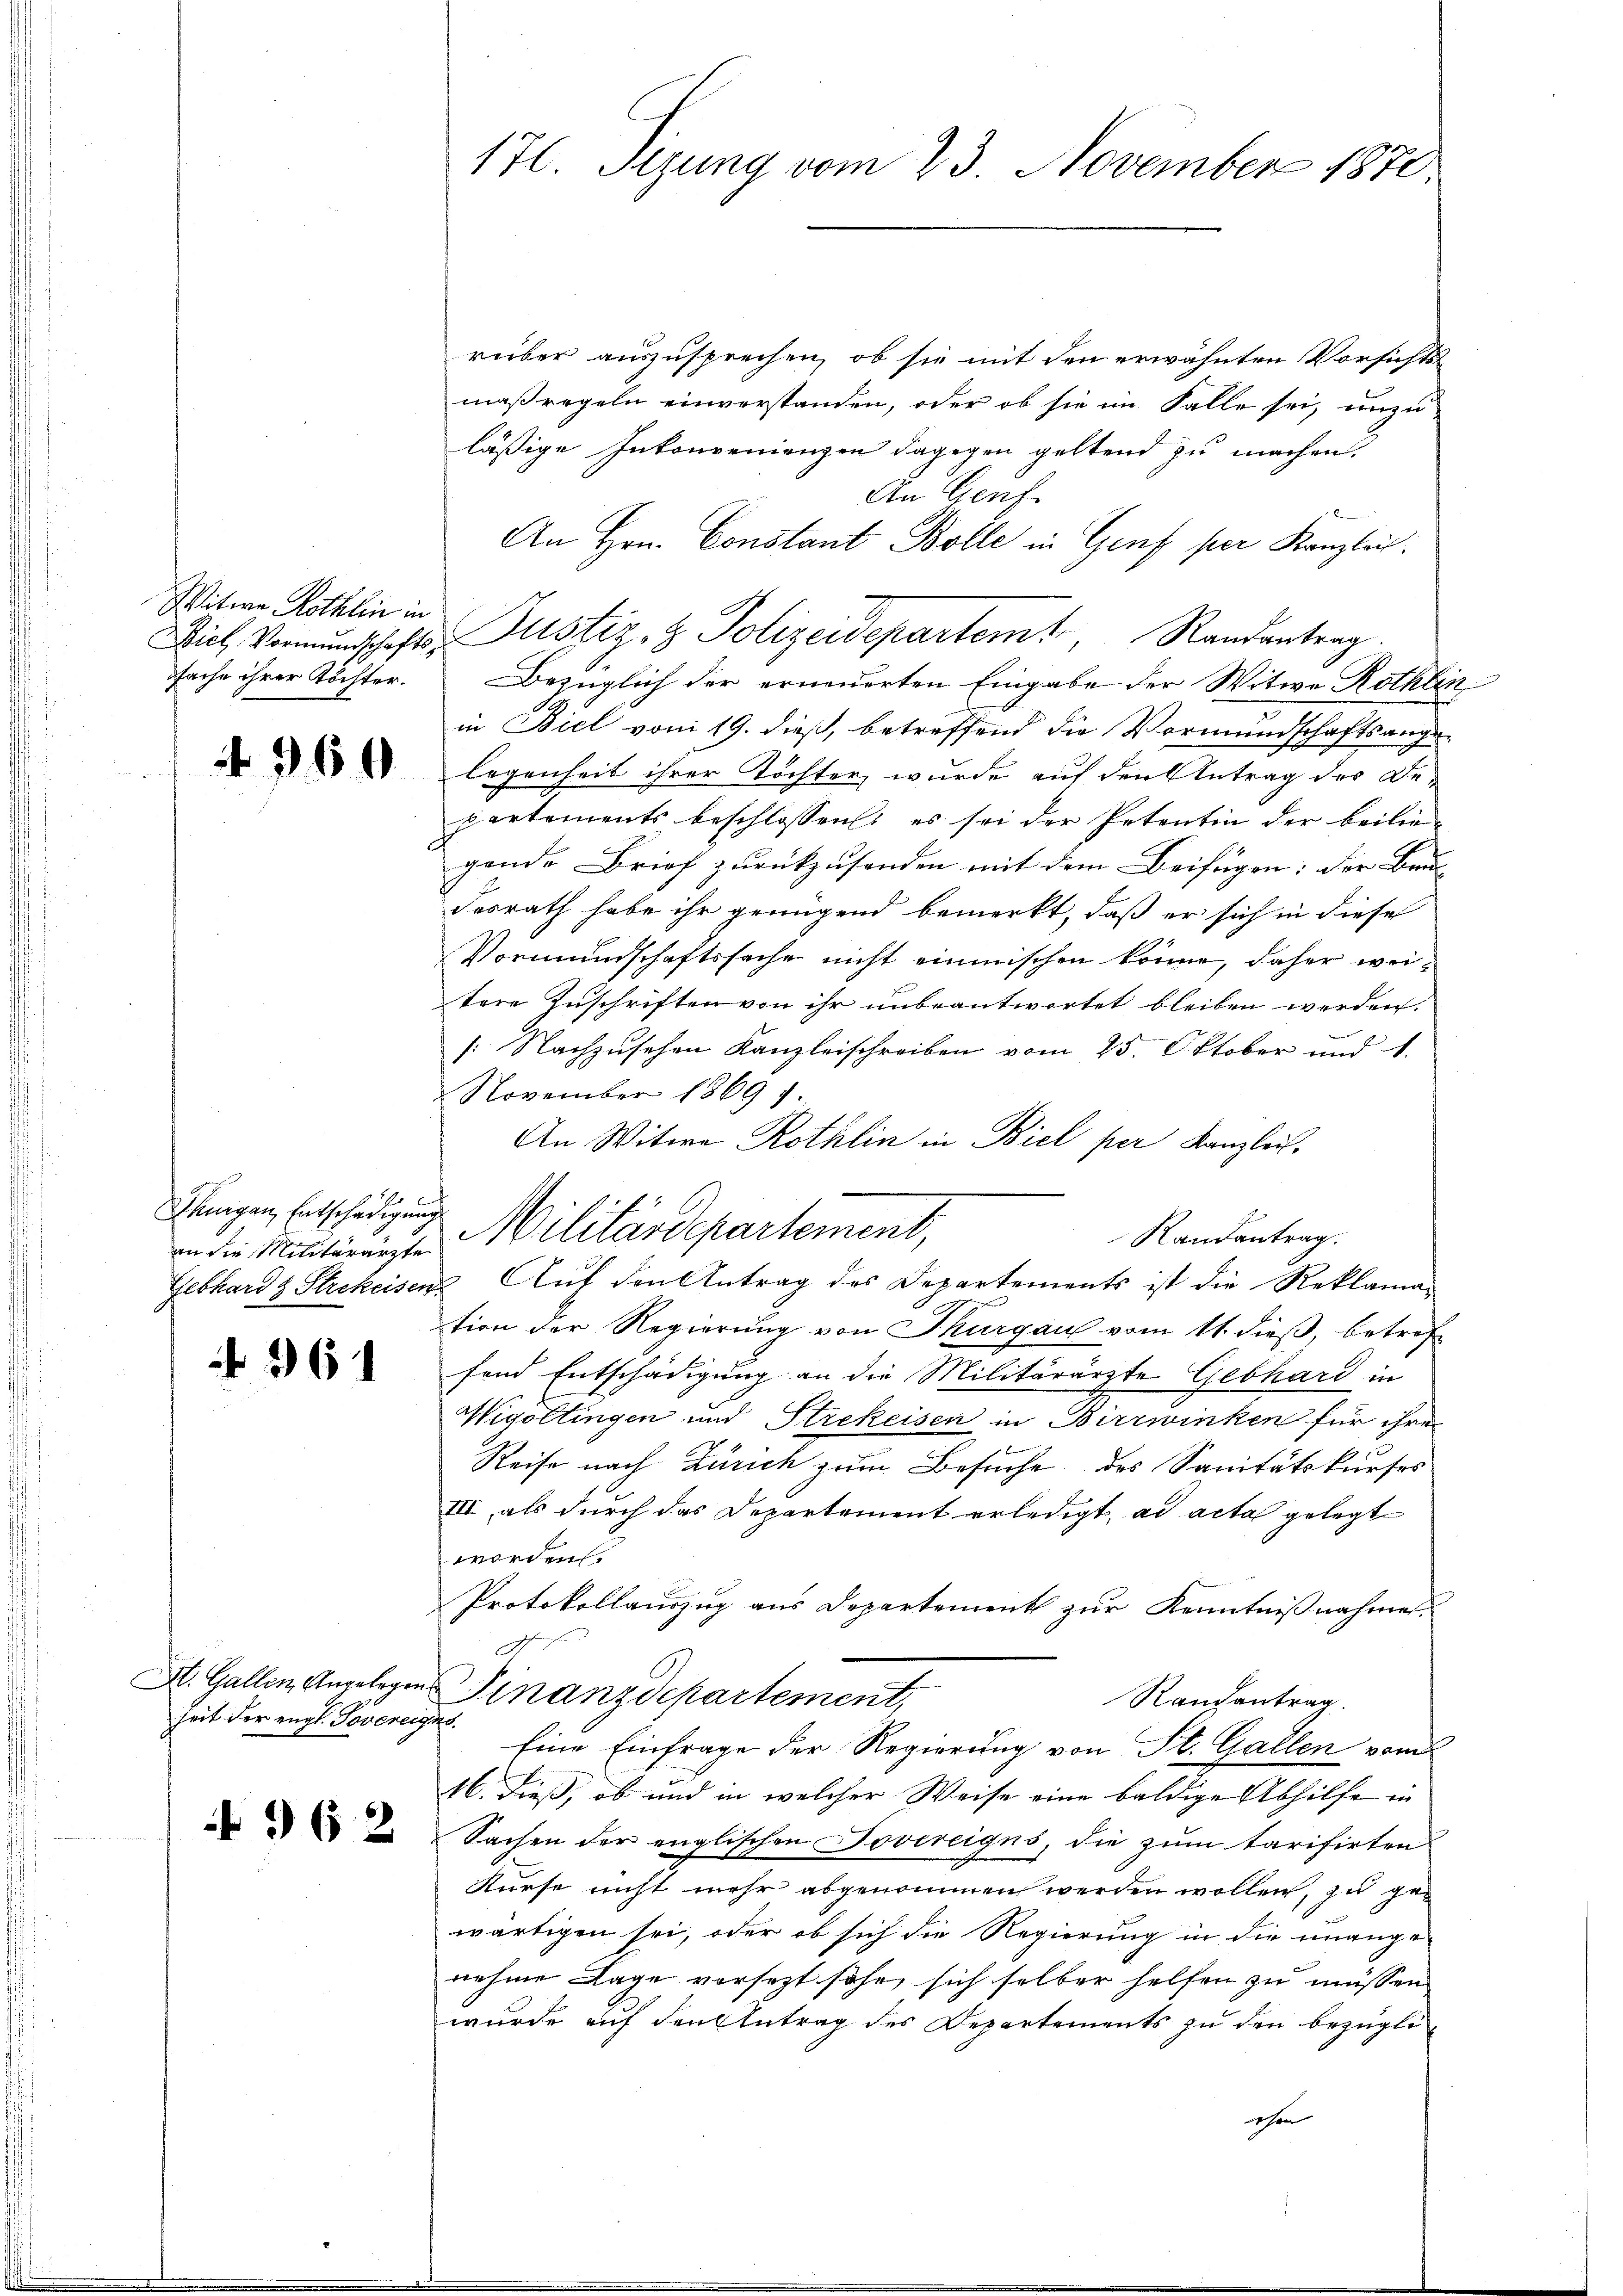
Witwe Röthlin in
fache ihrer Töchter.

4960

hnigen, Entschädigung
an die Militärärzte
Gebhard & Strekeisen.

36

St. Gallen Angelegen
heit der engl. Joverei,

496 2

176. Sizung vom 23. November 1870

rüber auszusprechen, ob sie mit den erwähnten Vorsichts
maßregeln einverstanden, oder ob sie im Falle sei, unzuläßige Inkonvenienzen dagegen geltend zu machen,
An Genf.
An Hrn. Constant Bolle in Genf per Kanzlich.
Biel Vormundschafts-Justiz- & Polizeidepartemt, Randantrag.
Bezüglich der erneuerten Eingabe der Witwe Röthlin
in Biel vom 19. dieß, betreffend die Vormundschaftsangelegenheit ihrer Töchter, wurde auf den Antrag des Departements beschlossen: es sei der Petentin der beiligende Brief zurückzusenden mit dem Beifügen: der Bau- |
Fesrath habe ihr genügend bemerkt, daß er sich in diese
Vormundschaftssache nicht einmischen könne, daher wei-
tere Zuschriften von ihr unbeantwortet bleiben worden.
[: Nachzusehen Kanzleischreiben vom 25. Oktober und 1.
November 1869
An Witwe Rothlin in Biel per Kanzleich¬
Randantrag.
2. Auf den Antrag des Departements ist die Reklama-
tion der Regierung von Thurgau vom 11. dieß, betrof
fend Entschädigung an die Militärärzte Gebhard in
Wigottingen und Strekeisen in Birrwinken für ihre
Reise nach Zürich zum Besuche des Sanitätskurses
III als durch das Departement erledigt, ad acta gelegt
worden.
Protokollauszug aus Departement zur Kenntnißnahmen.
Finanzdepartement,
Randantrag.
t
Eine Einfrage der Regierung von St. Gallen vom
16. dieß, ob und in welcher Weise eine baldige Abhilfe in
Sachen der englischen Dovereigus, die zum tarifirten
Kurse nicht mehr abgenommen werden wollen, zu gewärtigen sei, oder ob sich die Regierung in die unange
nehme Lage versezt sohn, sich selber helfen zu müssen.
wurde auf den Antrag des Departements zu den bezügli
ehen

Militärdepartement,